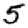
Digit: 5